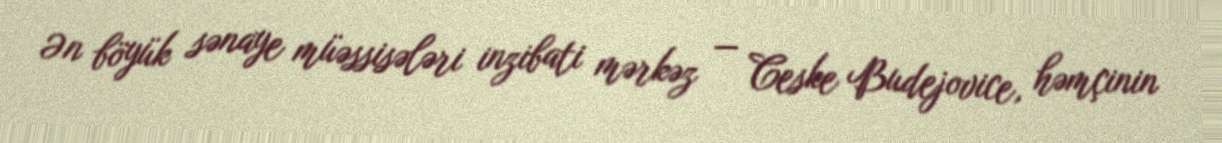
Ən böyük sənaye müəssisələri inzibati mərkəz — Ceske Budejovice, həmçinin